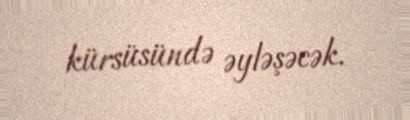
kürsüsündə əyləşəcək.